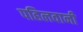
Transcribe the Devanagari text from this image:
पहिलवानी